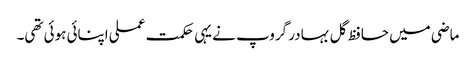
ماضی میں حافظ گل بہادر گروپ نے یہی حکمت عملی اپنائی ہوئی تھی۔